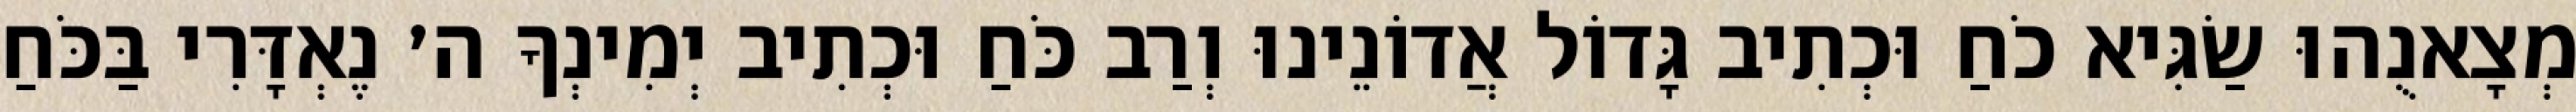
מְצָאנֻהוּ שַׂגִּיא כֹחַ וּכְתִיב גָּדוֹל אֲדוֹנֵינוּ וְרַב כֹּחַ וּכְתִיב יְמִינְךָ ה׳ נֶאְדָּרִי בַּכֹּחַ